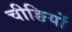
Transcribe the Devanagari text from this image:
चीङियों